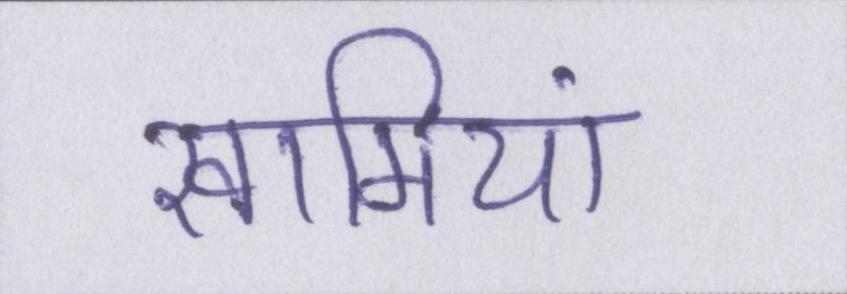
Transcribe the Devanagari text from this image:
खामियां